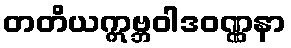
တတိယဣဗ္ဘဝါဒဝဏ္ဏနာ